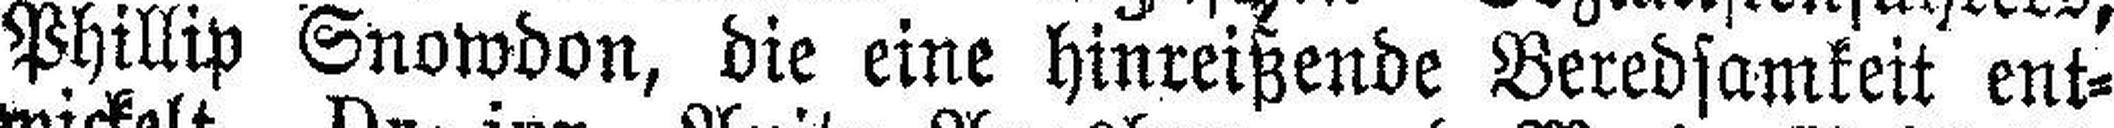
Phillip Snowdon, die eine hinreißende Beredsamkeit ent¬